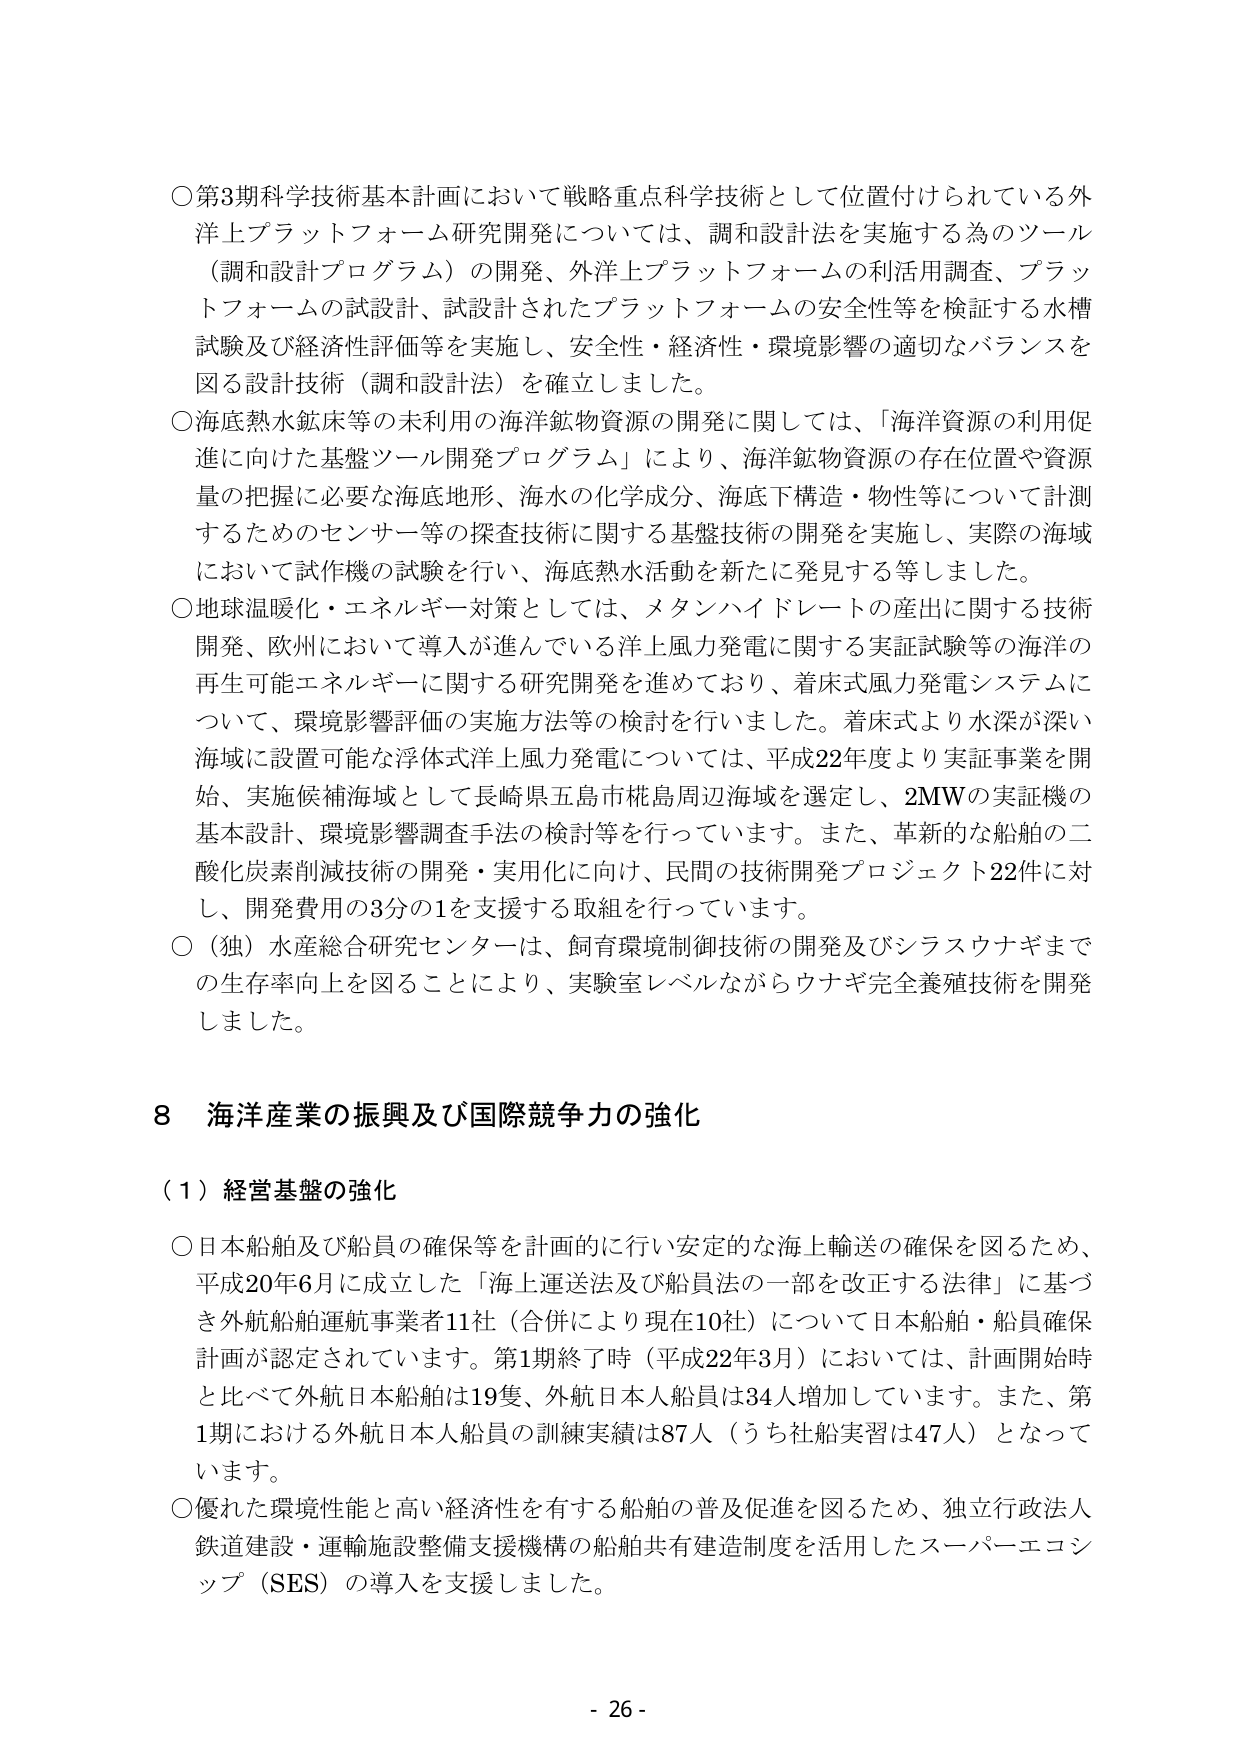
○第3期科学技術基本計画において戦略重点科学技術として位置付けられている外洋上プラットフォーム研究開発については、調和設計法を実施する為のツール（調和設計プログラム）の開発、外洋上プラットフォームの利活用調査、プラットフォームの試設計、試設計されたプラットフォームの安全性等を検証する水槽試験及び経済性評価等を実施し、安全性・経済性・環境影響の適切なバランスを図る設計技術（調和設計法）を確立しました。

○海底熱水鉱床等の未利用の海洋鉱物資源の開発に関しては、「海洋資源の利用促進に向けた基盤ツール開発プログラム」により、海洋鉱物資源の存在位置や資源量の把握に必要な海底地形、海水の化学成分、海底下構造・物性等について計測するためのセンサー等の探査技術に関する基盤技術の開発を実施し、実際の海域において試作機の試験を行い、海底熱水活動を新たに発見する等しました。

○地球温暖化・エネルギー対策としては、メタンハイドレートの産出に関する技術開発、欧州において導入が進んでいる洋上風力発電に関する実証試験等の海洋の再生可能エネルギーに関する研究開発を進めており、着床式風力発電システムについて、環境影響評価の実施方法等の検討を行いました。着床式より水深が深い海域に設置可能な浮体式洋上風力発電については、平成22年度より実証事業を開始、実施候補海域として長崎県五島市桃島周辺海域を選定し、2MWの実証機の基本設計、環境影響調査手法の検討等を行っています。また、革新的な船舶の二酸化炭素削減技術の開発・実用化に向け、民間の技術開発プロジェクト22件に対し、開発費用の3分の1を支援する取組を行っています。

○（独）水産総合研究センターは、飼育環境制御技術の開発及びシラスウナギまでの生存率向上を図ることにより、実験室レベルながらウナギ完全養殖技術を開発しました。

8 海洋産業の振興及び国際競争力の強化

（1）経営基盤の強化

○日本船舶及び船員の確保等を計画的に行い安定的な海上輸送の確保を図るため、平成20年6月に成立した「海上運送法及び船員法の一部を改正する法律」に基づき外航船舶運航事業者11社（合併により現在10社）について日本船舶・船員確保計画が認定されています。第1期終了時（平成22年3月）においては、計画開始時と比べて外航日本船舶は19隻、外航日本人船員は34人増加しています。また、第1期における外航日本人船員の訓練実績は87人（うち社船実習は47人）となっています。

○優れた環境性能と高い経済性を有する船舶の普及促進を図るため、独立行政法人鉄道建設・運輸施設整備支援機構の船舶共有建造制度を活用したスーパーエコシップ（SES）の導入を支援しました。

- 26 -